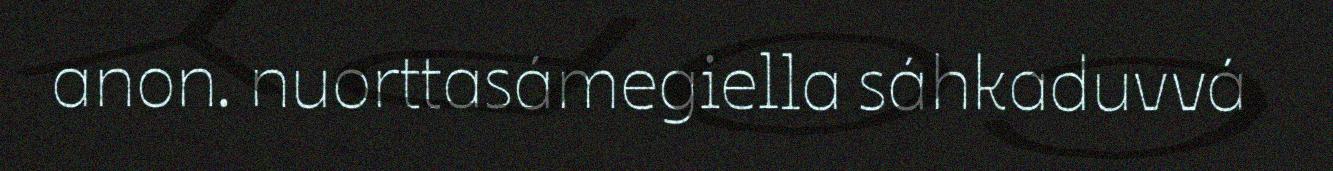
anon. nuorttasámegiella sáhkaduvvá